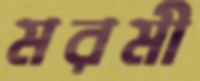
মরমী